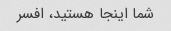
شما اینجا هستید، افسر